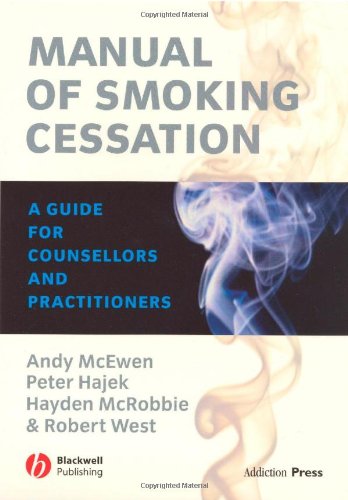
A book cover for Manual of Smoking Cessation: A Guide for Counsellors and Practitioners; Andy McEwen; Health, Fitness & Dieting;